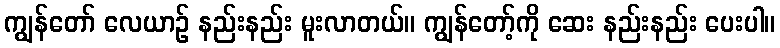
ကျွန်တော် လေယာဉ် နည်းနည်း မူးလာတယ်။ ကျွန်တော့်ကို ဆေး နည်းနည်း ပေးပါ။